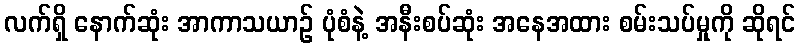
လက်ရှိ နောက်ဆုံး အာကာသယာဉ် ပုံစံနဲ့ အနီးစပ်ဆုံး အနေအထား စမ်းသပ်မှုကို ဆိုရင်